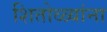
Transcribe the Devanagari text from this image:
शितोळ्यांना